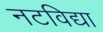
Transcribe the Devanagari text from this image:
नटविद्या